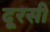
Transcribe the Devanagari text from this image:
दूरसी